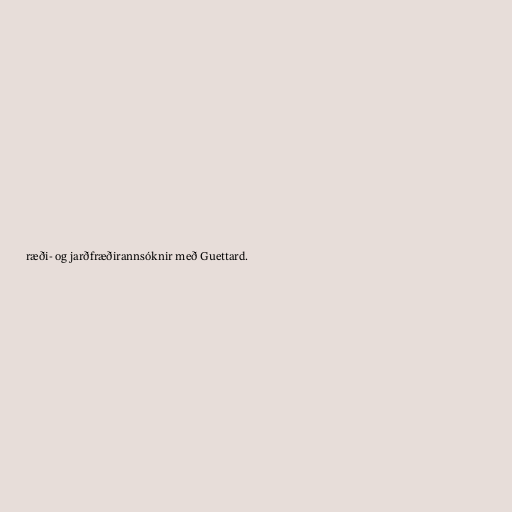
ræði- og jarðfræðirannsóknir með Guettard.